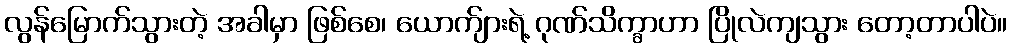
လွန်မြောက်သွားတဲ့ အခါမှာ ဖြစ်စေ၊ ယောက်ျားရဲ့ ဂုဏ်သိက္ခာဟာ ပြိုလဲကျသွား တော့တာပါပဲ။